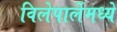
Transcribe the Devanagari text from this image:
विलेपार्लेमध्ये